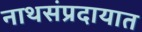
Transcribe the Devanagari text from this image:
नाथसंप्रदायात